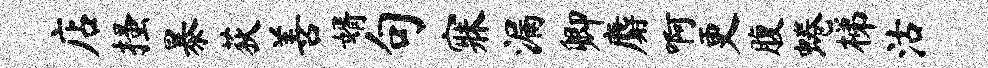
店搔暴荻善婿句寐漏卿麝啊更腹蜷梯沽